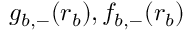
g _ { b , - } ( r _ { b } ) , f _ { b , - } ( r _ { b } )